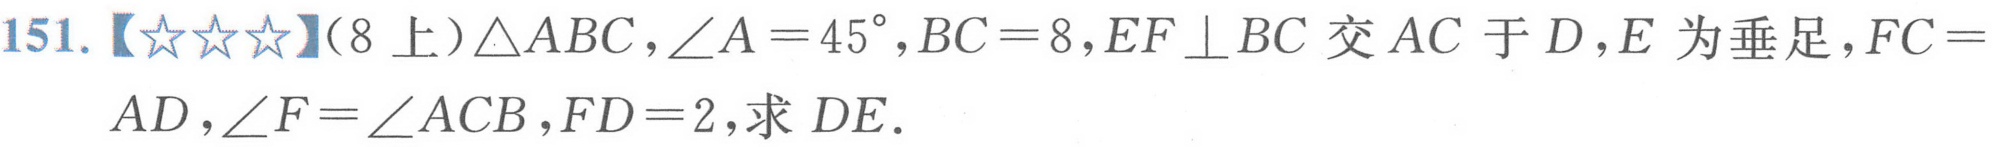
151.【★★★】（8上）$\triangle ABC$，$\angle A = 45^{\circ}$，$BC = 8$，$EF\perp BC$交$AC$于$D$，$E$为垂足，$FC =
AD$，$\angle F=\angle ACB$，$FD = 2$，求$DE$．